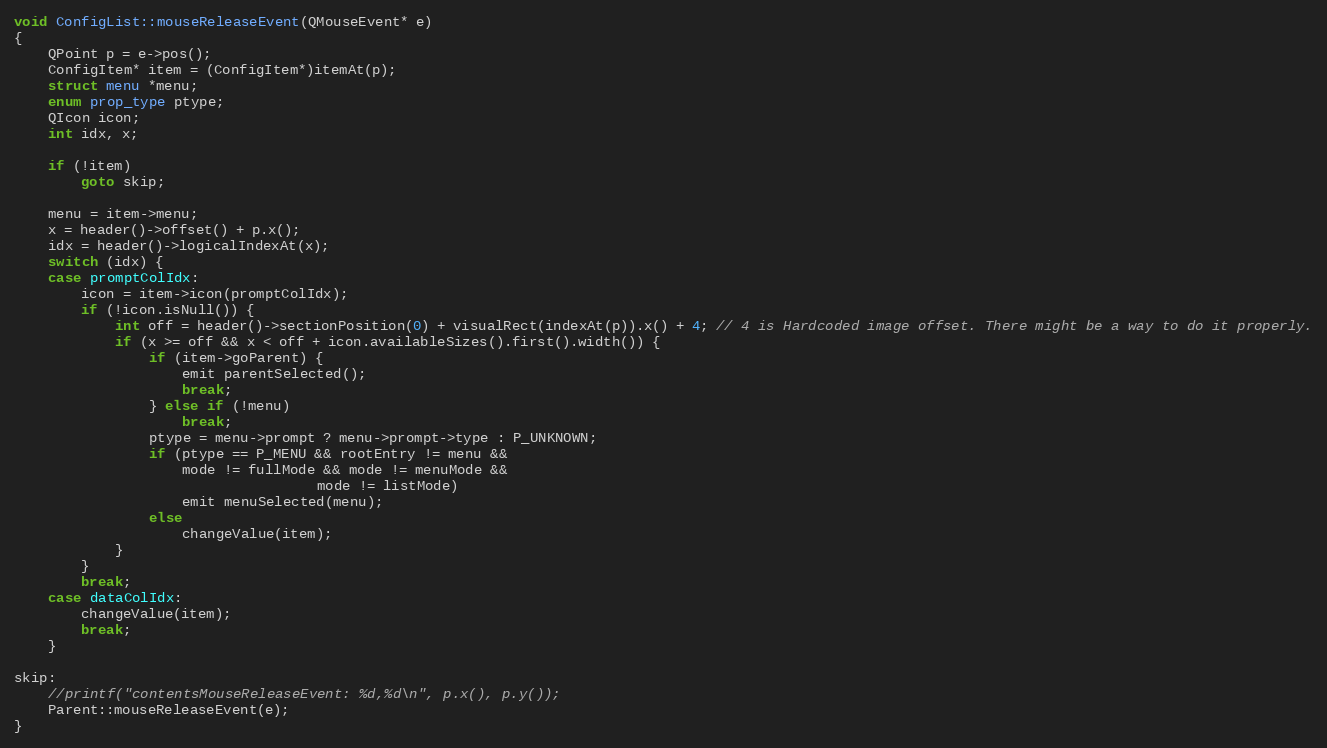
Language: C++
void ConfigList::mouseReleaseEvent(QMouseEvent* e)
{
	QPoint p = e->pos();
	ConfigItem* item = (ConfigItem*)itemAt(p);
	struct menu *menu;
	enum prop_type ptype;
	QIcon icon;
	int idx, x;

	if (!item)
		goto skip;

	menu = item->menu;
	x = header()->offset() + p.x();
	idx = header()->logicalIndexAt(x);
	switch (idx) {
	case promptColIdx:
		icon = item->icon(promptColIdx);
		if (!icon.isNull()) {
			int off = header()->sectionPosition(0) + visualRect(indexAt(p)).x() + 4; // 4 is Hardcoded image offset. There might be a way to do it properly.
			if (x >= off && x < off + icon.availableSizes().first().width()) {
				if (item->goParent) {
					emit parentSelected();
					break;
				} else if (!menu)
					break;
				ptype = menu->prompt ? menu->prompt->type : P_UNKNOWN;
				if (ptype == P_MENU && rootEntry != menu &&
				    mode != fullMode && mode != menuMode &&
                                    mode != listMode)
					emit menuSelected(menu);
				else
					changeValue(item);
			}
		}
		break;
	case dataColIdx:
		changeValue(item);
		break;
	}

skip:
	//printf("contentsMouseReleaseEvent: %d,%d\n", p.x(), p.y());
	Parent::mouseReleaseEvent(e);
}